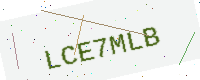
Text: LCE7MLB